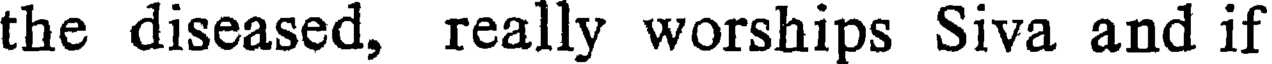
the diseased, really worships Siva and if